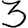
Digit: 3